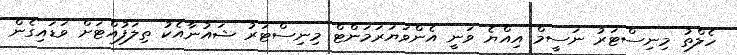
ހެލްތު މިނިސްޓަރު ނަސީމް އިއްޔެ ވަނީ އެންވަޔަރަމަންޓް މިނިސްޓަރު ޝައުނާއެކު ތިލަފުއްޓަށް ވަޑައިގެން